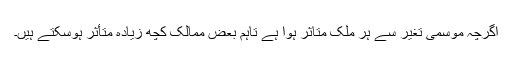
اگرچہ موسمی تغیر سے ہر ملک متاثر ہوا ہے تاہم بعض ممالک کچھ زیادہ متأثر ہوسکتے ہیں۔